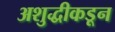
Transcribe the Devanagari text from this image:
अशुद्धीकडून